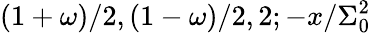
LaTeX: (1+\omega)/2,(1-\omega)/2,2;-x/\Sigma_{0}^{2}